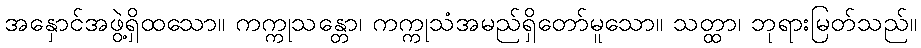
အနှောင်အဖွဲ့ရှိထသော။ ကက္ကုသန္တော၊ ကက္ကုသံအမည်ရှိတော်မူသော။ သတ္ထာ၊ ဘုရားမြတ်သည်။